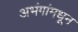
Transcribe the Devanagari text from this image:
अभंगांमधून